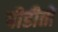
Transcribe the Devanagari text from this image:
पीडीतों